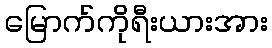
မြောက်ကိုရီးယားအား